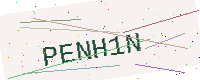
Text: PENH1N